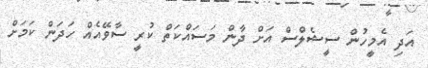
އަދި އެމީހުން ސީޝެލްސް އަށް ދާން މަސައްކަތް ކުރީ ސާވޭއެއް ހަދަން ކަމަށް